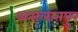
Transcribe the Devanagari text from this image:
असलातपुर